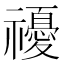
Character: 𥜚